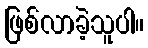
ဖြစ်လာခဲ့သူပါ။